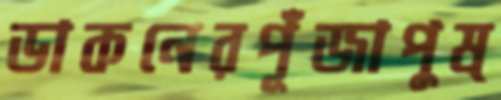
ডাকনেরপূঁজাপুষ্